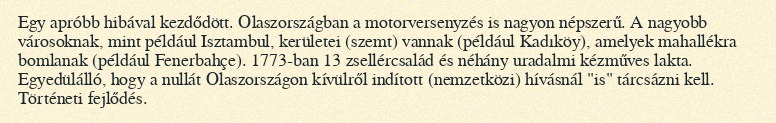
Egy apróbb hibával kezdődött. Olaszországban a motorversenyzés is nagyon népszerű. A nagyobb városoknak, mint például Isztambul, kerületei (szemt) vannak (például Kadıköy), amelyek mahallékra bomlanak (például Fenerbahçe). 1773-ban 13 zsellércsalád és néhány uradalmi kézműves lakta. Egyedülálló, hogy a nullát Olaszországon kívülről indított (nemzetközi) hívásnál "is" tárcsázni kell. Történeti fejlődés.